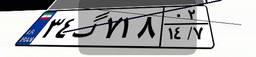
۳۴گ۷۱۸۰۲